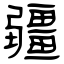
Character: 疆